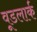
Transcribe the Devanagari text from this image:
वूडलार्क